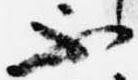
不